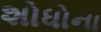
શોધોના